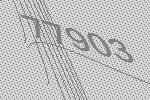
77903